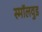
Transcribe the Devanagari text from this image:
स्मॉलवुड